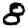
Digit: 8